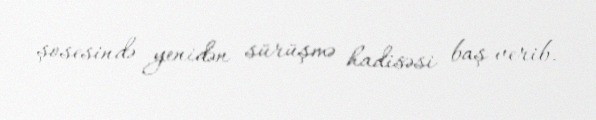
şosesində yenidən sürüşmə hadisəsi baş verib.